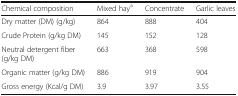
| Chemical composition | Mixed haya | Concentrate | Garlic leaves |
 | --- | --- | --- | --- |
 | Dry matter (DM) (g/kg) | 864 | 888 | 404 |
 | Crude Protein (g/kg DM) | 145 | 152 | 128 |
 | Neutral detergent fiber (g/kg DM) | 663 | 368 | 598 |
 | Organic matter (g/kg DM) | 886 | 919 | 904 |
 | Gross energy (Kcal/g DM) | 3.9 | 3.97 | 3.55 |